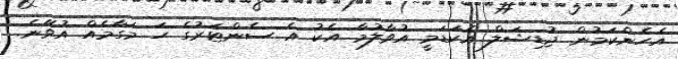
އެހެންކަމުން ޖުޑިޝަލް އެކަޑަމީ އުވާލުމާ އެކު އެ ސެންޓަރުގެ ހަ މަގާމެއް އުވޭނެ